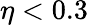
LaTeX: \eta<0.3